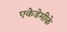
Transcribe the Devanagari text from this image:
एकेडेमीके